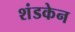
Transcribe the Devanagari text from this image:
शंडकेन